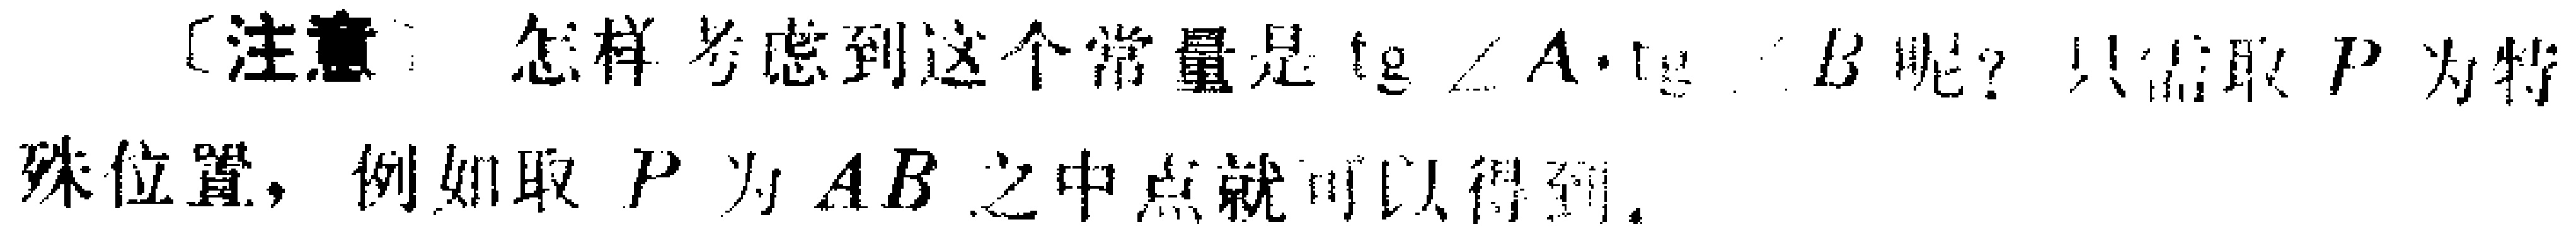
[注意] 怎样考虑到这个常量是$\tg\angle A\cdot\tg\angle B$呢？只需取$P$为特殊位置，例如取$P$为$AB$之中点就可以得到。